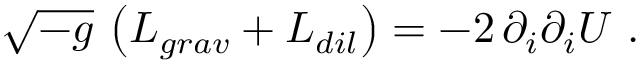
\sqrt { - g } \, \left( { \cal L } _ { g r a v } + { \cal L } _ { d i l } \right) = - 2 \, \partial _ { i } \partial _ { i } U \ .